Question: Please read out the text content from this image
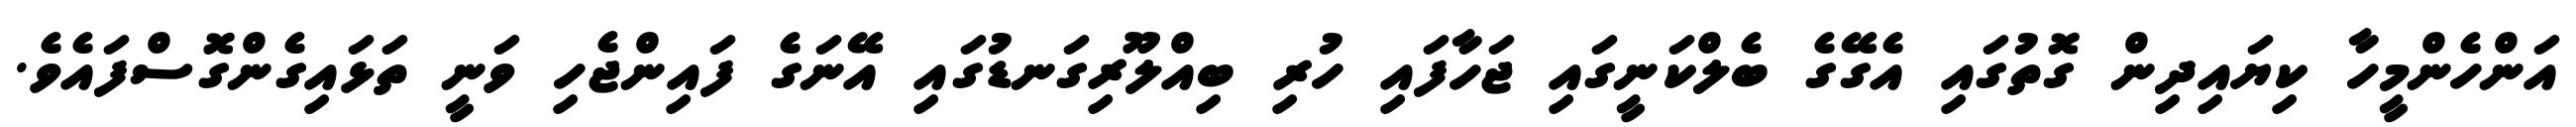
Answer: އަންހެންމީހާ ކިޔައިދިން ގޮތުގައި އެގޭގެ ބެލްކަނީގައި ޖަހާފައި ހުރި ބިއްލޫރިގަނޑުގައި އޭނަގެ ފައިންޖެހި ވަނީ ތަޅައިގެންގޮސްފައެވެ.